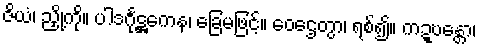
ဇိယံ၊ ညှို့ကို။ ပါဒင်္ဂုဋ္ဌကေန၊ ခြေမဖြင့်။ ဝေဌေတွာ၊ ရစ်၍။ ကဍ္ဎန္တော၊